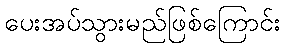
ပေးအပ်သွားမည်ဖြစ်ကြောင်း